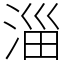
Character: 淄